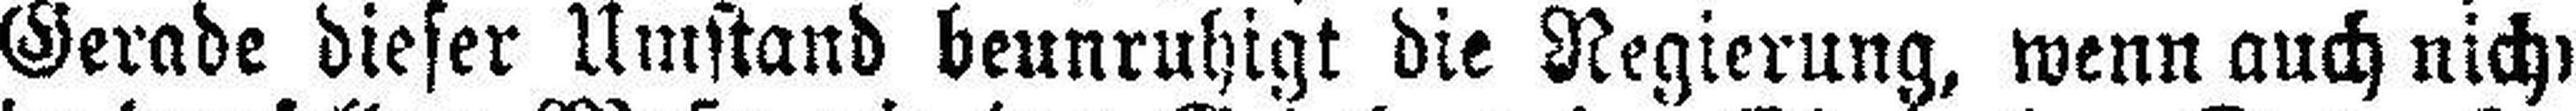
Gerade dieser Umstand beunruhigt die Regierung, wenn auch nicht